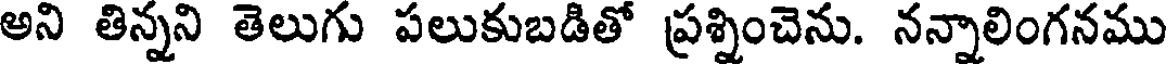
అని తిన్నని తెలుగు పలుకుబడితో ప్రశ్నించెను. నన్నాలింగనము